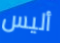
أليس